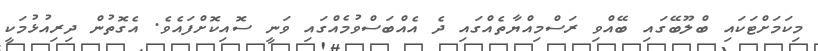
މިކަމަށްޓަކައި ބްލޫބޭގައި ބޭއްވި ރަސްމިއްޔާތެއްގައި ދެ އެއްބަސްވުމެއްގައި ވަނީ ސޮއިކޮށްފައެވެ. އެގޮތުން ދިރިއުޅުމަކީ